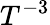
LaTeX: T^{-3}